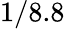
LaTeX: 1/8.8